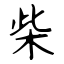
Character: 柴